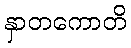
နှာတကောတိ